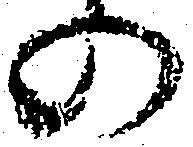
の